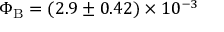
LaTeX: \Phi _ { \mathrm { B } } = ( 2 . 9 \pm 0 . 4 2 ) \times 1 0 ^ { - 3 }